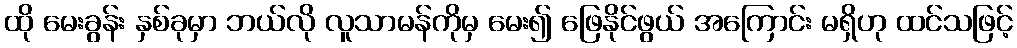
ထို မေးခွန်း နှစ်ခုမှာ ဘယ်လို လူသာမန်ကိုမှ မေး၍ ဖြေနိုင်ဖွယ် အကြောင်း မရှိဟု ထင်သဖြင့်